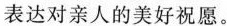
表达对亲人的美好祝愿。